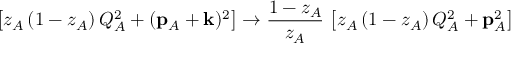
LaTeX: \left[ z _ { A } \, ( 1 - z _ { A } ) \, Q _ { A } ^ { 2 } + ( { { \bf p } } _ { A } + { { \bf k } } ) ^ { 2 } \right] \to { \frac { 1 - z _ { A } } { z _ { A } } } \, \left[ z _ { A } \, ( 1 - z _ { A } ) \, Q _ { A } ^ { 2 } + { { \bf p } } _ { A } ^ { 2 } \right] \,